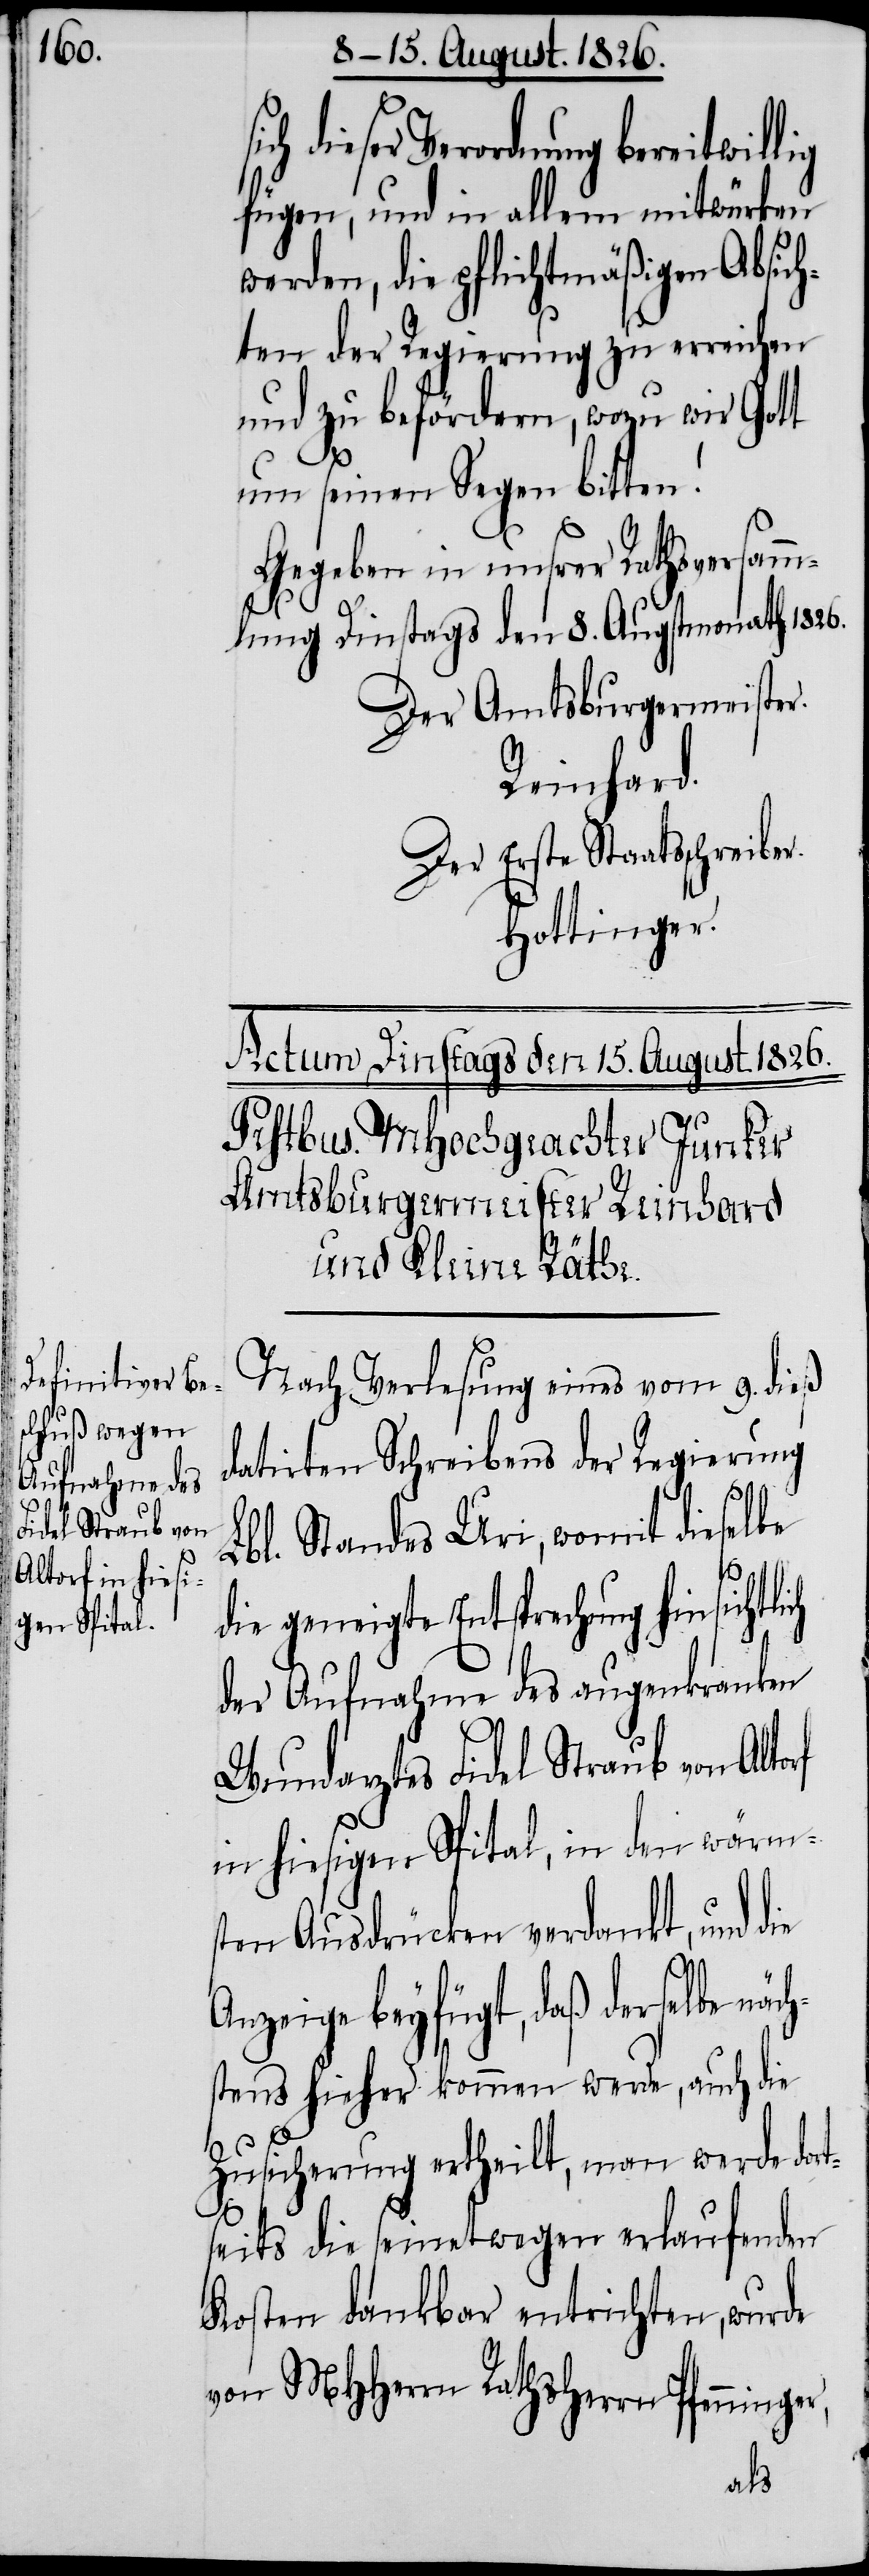
bereitwillig
fügen, und in allem mitwürken
werden, die pflichtmäßigen Absich¬
ten der Regierung zu erreichen
und zu befördern, wozu wir Gott
um seinen Segen bitten!
Gegeben in unsrer Rathsversamm¬
lung Dinstags den 8. Augstmonath 1826.
Der Amtsburgermeister.
Reinhard.
Der Erste Staatsschreiber.
Hottinger.
Nach Verlesung eins vom 9. dieß
datirten Schreibens der Regierung
r,
Lbl. Standes Uri, womit dieselbe
die geneigte Entsprechung hinsichtli¬
der Aufnahme des augenkranken
Wundarztes Fidel Straub von Alto¬
in hiesigen Spital, in den wärms¬
ten Ausdrücken verdankt, und die
Anzeige beyfügt, daß derselbe näc¬
tens hieher kommen werde, auch die
Zusicherung ertheilt, man werde dort¬
seits die seinetwegen erlaufenden
Kosten dankbar entrichten, wurde
von MHHerrn Rathsherrn Pfenninge¬